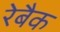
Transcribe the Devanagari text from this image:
रेबैक